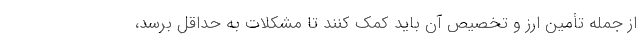
از جمله تأمین ارز و تخصیص آن باید کمک کنند تا مشکلات به حداقل برسد،